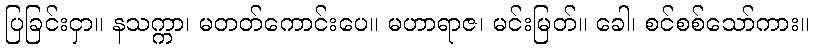
ပြခြင်းငှာ။ နသက္ကာ၊ မတတ်ကောင်းပေ။ မဟာရာဇ၊ မင်းမြတ်။ ခေါ၊ စင်စစ်သော်ကား။